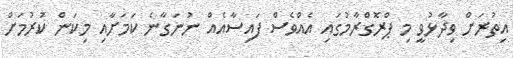
އިތުރަށް ވިދާޅުވީ މި ޕްރޮގްރާމުގައި އެއްވެސް ފައިސާއެއް ނުނަގާނެ ކަމަށާއި މިކަން ކުރުމަށް